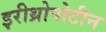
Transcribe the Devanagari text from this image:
इरीथ्रोपोटीन